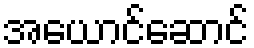
အယောင်ဆောင်